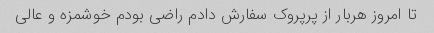
تا امروز هربار از پرپروک سفارش دادم راضی بودم خوشمزه و عالی